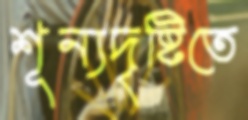
শূন্যদৃষ্টিতে